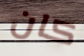
كان